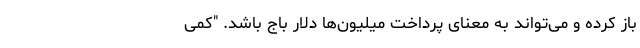
باز کرده و می‌تواند به معنای پرداخت میلیون‌ها دلار باج باشد. "کمی